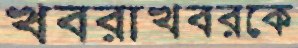
খবরাখবরকে